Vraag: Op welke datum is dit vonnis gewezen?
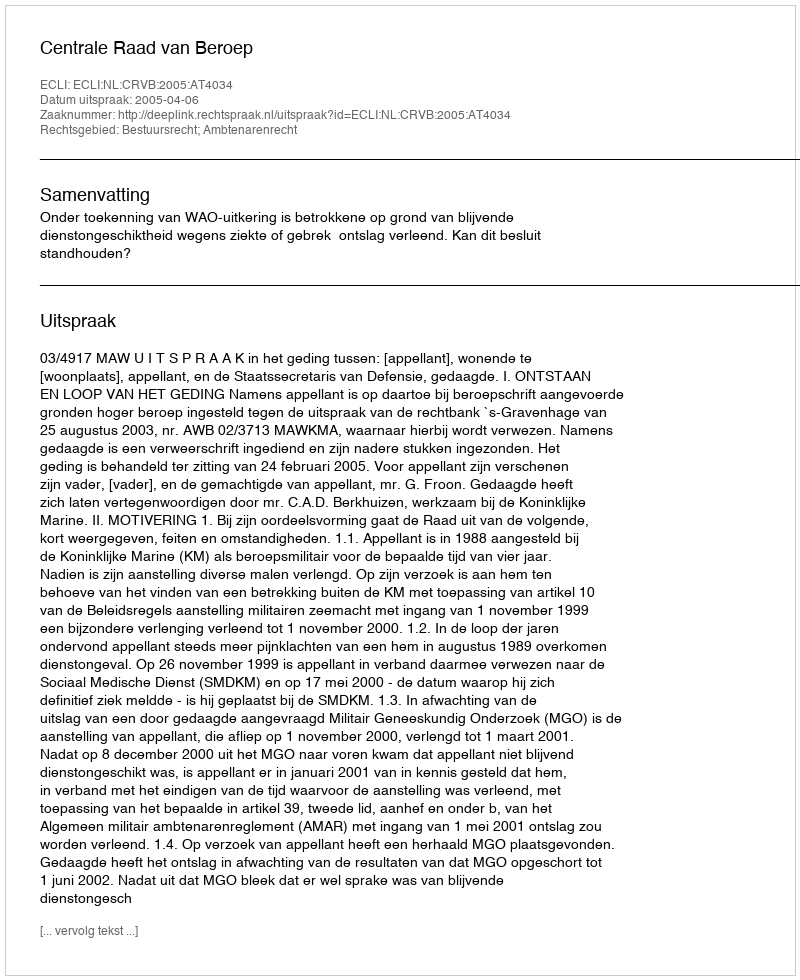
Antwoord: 2005-04-06